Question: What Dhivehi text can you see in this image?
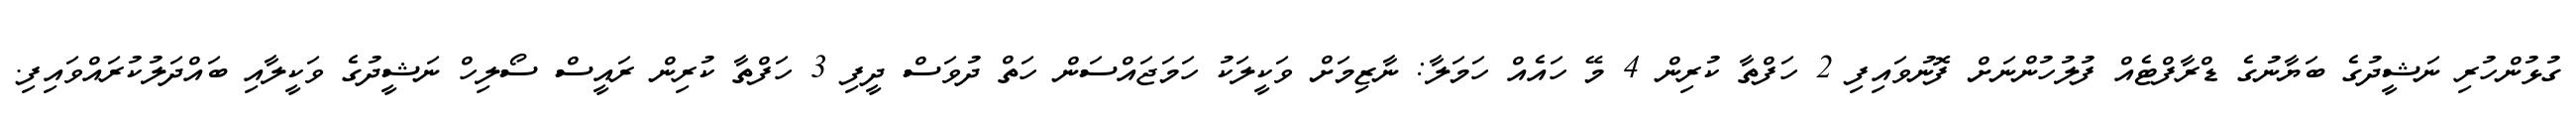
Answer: ގުޅުންހުރި ނަޝީދުގެ ބަޔާނުގެ ޑްރާފްޓެއް ފުލުހުންނަށް ފޮނުވައިފި 2 ހަފްތާ ކުރިން 4 މޭ ހައެއް ހަމަލާ: ނާޒިމަށް ވަކީލަކު ހަމަޖައްސަން ހަތް ދުވަސް ދީފި 3 ހަފްތާ ކުރިން ރައީސް ސޯލިހް ނަޝީދުގެ ވަކީލާއި ބައްދަލުކުރައްވައިފި.